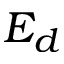
E _ { d }